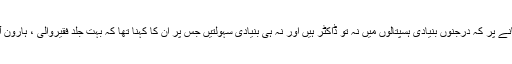
تحصیل ہارون آباد فقیروالی کے سرکاری ہسپتالوں کی حالت زار بتانے پر کہ درجنوں بنیادی ہسپتالوں میں نہ تو ڈاکٹر ہیں اور نہ ہی بنیادی سہولتیں جس پر ان کا کہنا تھا کہ بہت جلد فقیروالی ، ہارون آباد کے ہسپتالوں کی حالت بہتر کرنے ہر ممکن کوشش کریں گے ۔